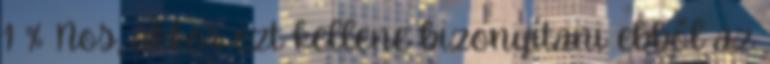
1 % Nos, akkor ezt kellene bizonyítani ebből az